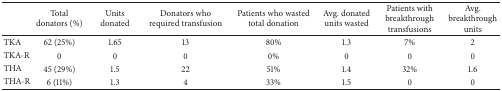
<table><thead><tr><td><b> </b></td><td><b>Total donators (%)</b></td><td><b>Units donated</b></td><td><b>Donators who required transfusion</b></td><td><b>Patients who wasted total donation </b></td><td><b>Avg. donated units wasted</b></td><td><b>Patients with breakthrough transfusions</b></td><td><b>Avg. breakthrough units</b></td></tr></thead><tbody><tr><td>TKA</td><td>62 (25%)</td><td>1.65</td><td>13</td><td>80%</td><td>1.3</td><td>7%</td><td>2</td></tr><tr><td>TKA-R</td><td>0</td><td>0</td><td>0</td><td>0%</td><td>0</td><td>0</td><td>0</td></tr><tr><td>THA</td><td>45 (29%)</td><td>1.5</td><td>22</td><td>51%</td><td>1.4</td><td>32%</td><td>1.6</td></tr><tr><td>THA-R</td><td>6 (11%)</td><td>1.3</td><td>4</td><td>33%</td><td>1.5</td><td>0</td><td>0</td></tr></tbody></table>